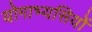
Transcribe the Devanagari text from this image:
योगाभ्यसियों